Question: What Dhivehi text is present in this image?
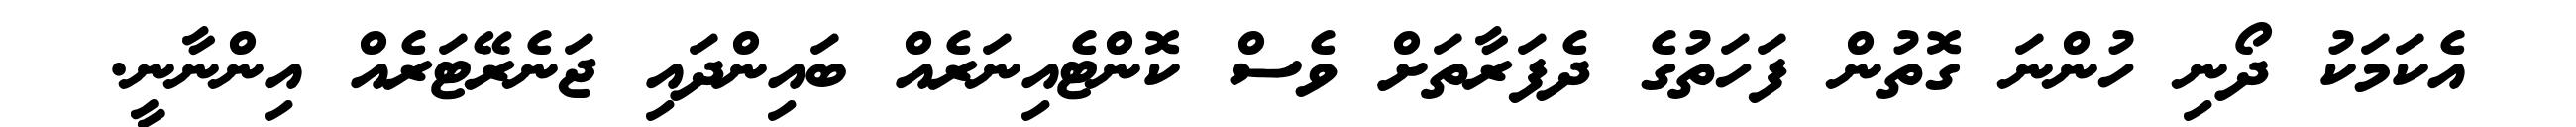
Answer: އެކަމަކު ދޯނި ހުންނަ ގޮތުން ފަހަތުގެ ދެފަރާތަށް ވެސް ކޮންޓެއިނަރެއް ބައިންދައި ޖަނެރޭޓަރެއް އިންނާނީ.